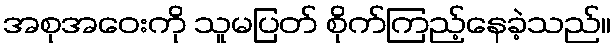
အစုအဝေးကို သူမပြတ် စိုက်ကြည့်နေခဲ့သည်။